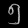
Digit: ၅